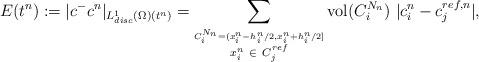
LaTeX: \begin{align*} E(t^n):=|c^-c^n|_{L^1_{disc}(\Omega)(t^n)}=\sum_{\stackrel{C_i^{N_n}=(x_i^n-h_i^n/2,x_i^n+h_i^n/2]}{x_i^n~\in~ C_j^{ref}}}\operatorname{vol}(C_i^{N_n})~|c_i^n-c_j^{ref,n}|,\end{align*}